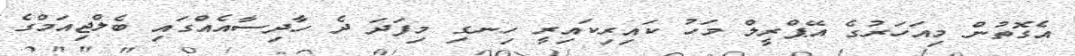
އެގޮތުން މިއަހަރުގެ އޭޕްރީލް މަހު ކައިރިކައިރީ ހިނގި މިފަދަ ދެ ހާދިސާއެއްގައި ބެލްޖިއަމްގެ